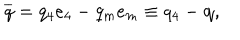
\overline { { { q } } } = q _ { 4 } e _ { 4 } - q _ { m } e _ { m } \equiv q _ { 4 } - \mathbf { q } ,